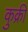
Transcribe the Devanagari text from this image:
कुक्री